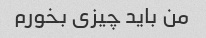
من باید چیزی بخورم